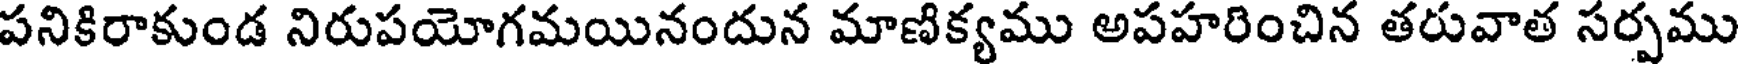
పనికిరాకుండ నిరుపయోగమయినందున మాణిక్యము అపహరించిన తరువాత సర్పము